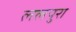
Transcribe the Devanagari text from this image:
ललपुरा